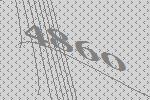
4860